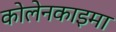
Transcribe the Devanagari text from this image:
कोलेनकाइमा